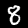
Label: 8